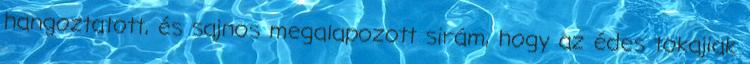
hangoztatott, és sajnos megalapozott sirám, hogy az édes tokajiak